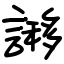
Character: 謻